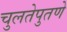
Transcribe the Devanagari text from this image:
चुलतेपुतणे